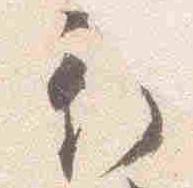
衣